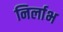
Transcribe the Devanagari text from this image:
निर्लाभ